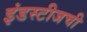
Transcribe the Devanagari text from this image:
इंडस्टीजची